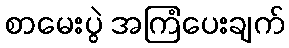
စာမေးပွဲ အကြံပေးချက်